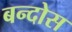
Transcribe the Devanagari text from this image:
बन्दोस